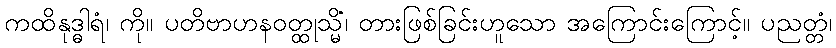
ကထိနုဒ္ဓါရံ၊ ကို။ ပတိဗာဟနဝတ္ထုသ္မိံ၊ တားဖြစ်ခြင်းဟူသော အကြောင်းကြောင့်။ ပညတ္တံ၊